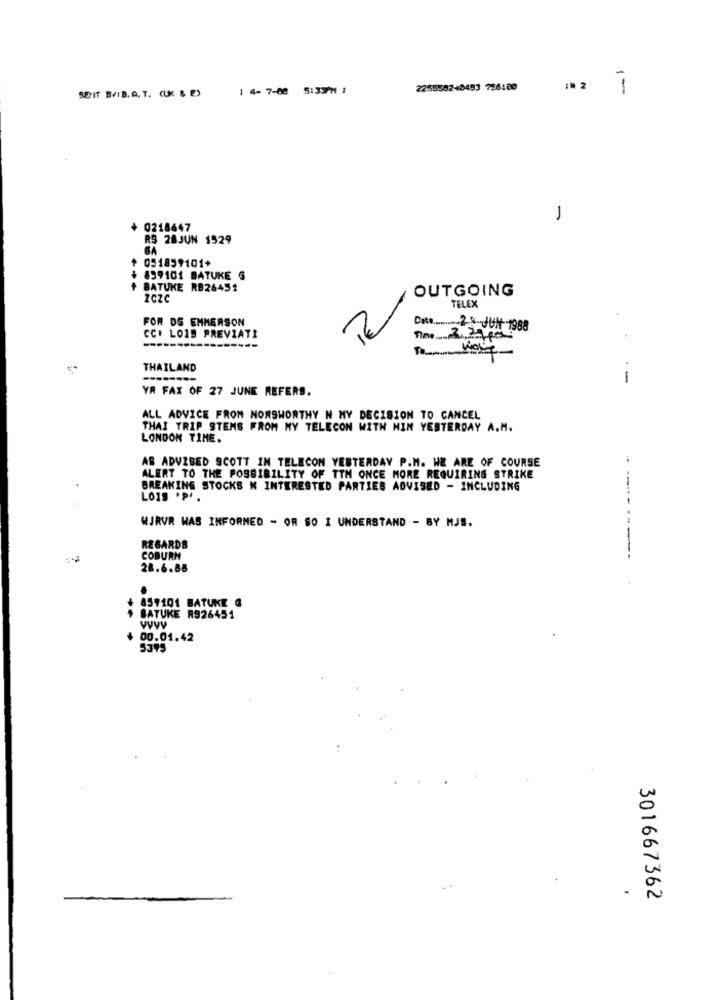
1 4- 7-08 5:33PM #
225558240493 786100
10
SEIT BYB. A. T. (LK & E)
1
+ 0218647
RS 28JUN 1529
GA
+ 051859101+
+ 839101 BATUKE G
BATUKE RB26451
OUTGOING
zCZC
TELEX
FOR DS EMMERSON
CC. LOIS PREVIATI
Det .......... 28JU11 1988
THAILAND
--
YR FAX OF 27 JUNE REFERS.
ALL ADVICE FROM NORSWORTHY N MY DECISION TO CANCEL
THAI TRIP STEMS FROM MY TELECON WITH MIN YESTERDAY A.M.
LONDON TIME.
AS ADVISED SCOTT IN TELECON YESTERDAY P.M. WE ARE OF COURSE
ALERT TO THE POSSIBILITY OF TTM ONCE MORE REQUIRING STRIKE
BREAKING STOCKS N INTERESTED PARTIES ADVISED - INCLUDING
Lons .pr.
WJRVR WAS INFORMED - OR SO I UNDERSTAND - BY MJS.
REGARDS
-----
COBURN
28.6.88
+ 859101 BATUKE @
+ BATUKE R926454
00.01.42
5375
301667362